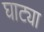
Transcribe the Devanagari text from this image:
घाट्या